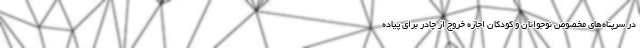
در سرپناه‌های مخصوص نوجوانان و کودکان اجازه خروج از چادر برای پیاده